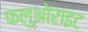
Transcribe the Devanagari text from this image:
फलुओराइट